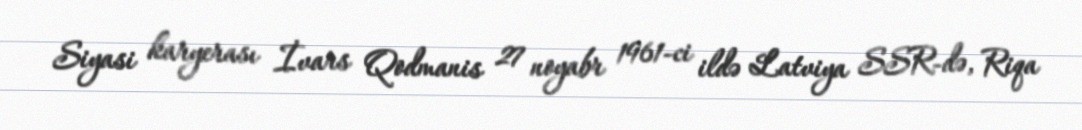
Siyasi karyerası İvars Qodmanis 27 noyabr 1961-ci ildə Latviya SSR-də, Riqa